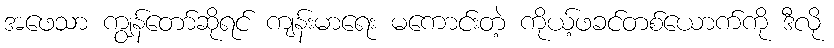
အဖေသာ ကျွန်တော်ဆိုရင် ကျန်းမာရေး မကောင်းတဲ့ ကိုယ့်ဖခင်တစ်ယောက်ကို ဒီလို